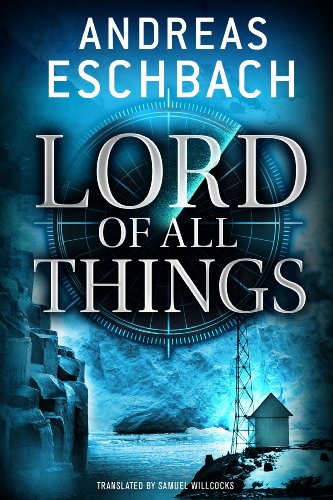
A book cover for Lord of All Things; Andreas Eschbach; Romance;